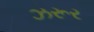
ઝરૂર